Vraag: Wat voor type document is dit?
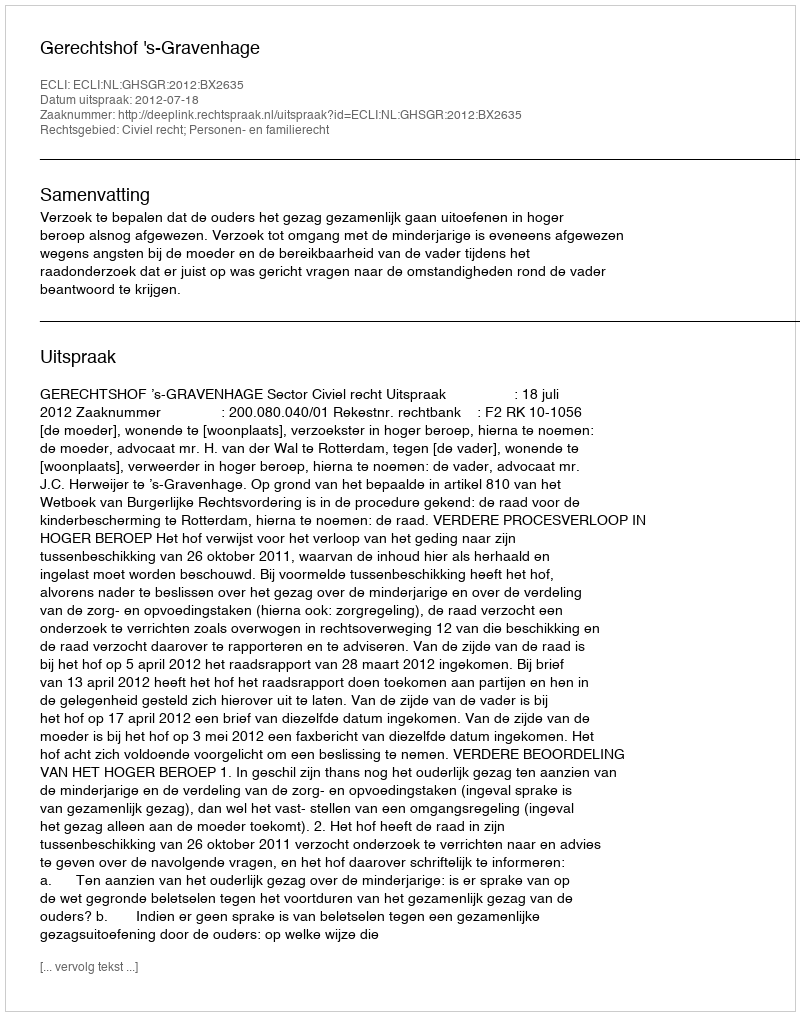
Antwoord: Uitspraak